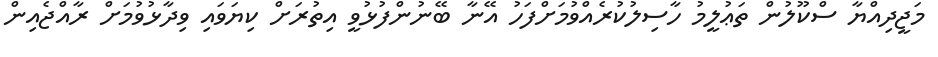
މަޖީދިއްޔާ ސްކޫލުން ތަޢުލީމު ހާސިލުކުރެއްވުމަށްފަހު އޭނާ ބޭނުންފުޅުވީ އިތުރަށް ކިޔަވައި ވިދާޅުވުމަށް ރާއްޖެއިން